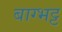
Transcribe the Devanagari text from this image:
बाग्भट्ट